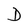
Character: D